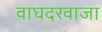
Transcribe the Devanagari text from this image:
वाघदरवाजा